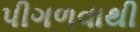
પીગળવાથી